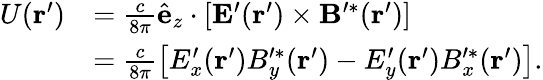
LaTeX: \begin{array}{rl}{U(\mathbf{r}^{\prime})}&{=\frac{c}{8\pi}\hat{\mathbf{e}}_{z}\cdot\left[\mathbf{E}^{\prime}(\mathbf{r}^{\prime})\times\mathbf{B}^{\prime*}(\mathbf{r}^{\prime})\right]}\\ &{=\frac{c}{8\pi}\left[E_{x}^{\prime}(\mathbf{r}^{\prime})B_{y}^{\prime*}(\mathbf{r}^{\prime})-E_{y}^{\prime}(\mathbf{r}^{\prime})B_{x}^{\prime*}(\mathbf{r}^{\prime})\right].}\end{array}